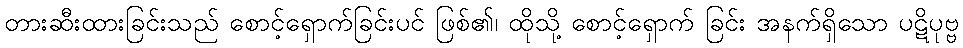
တားဆီးထားခြင်းသည် စောင့်ရှောက်ခြင်းပင် ဖြစ်၏၊ ထိုသို့ စောင့်ရှောက် ခြင်း အနက်ရှိသော ပဋိပုဗ္ဗ